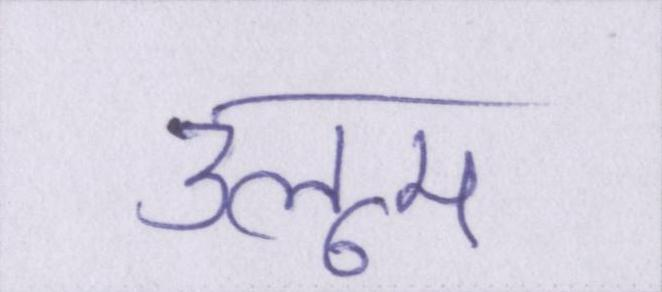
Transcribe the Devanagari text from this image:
उलूम